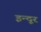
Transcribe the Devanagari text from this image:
इन्दूर